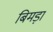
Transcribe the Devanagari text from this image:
बिमड़ा